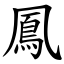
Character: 鳳